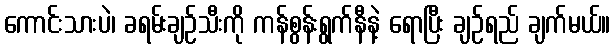
ကောင်းသားပဲ၊ ခရမ်းချဉ်သီးကို ကန်စွန်းရွက်နီနဲ့ ရောပြီး ချဉ်ရည် ချက်မယ်။